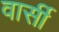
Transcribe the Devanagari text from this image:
वार्सी